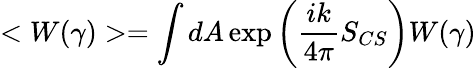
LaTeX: <W(\gamma)>=\int dA\exp\left({\frac{ik}{4\pi}}S_{CS}\right)W(\gamma)